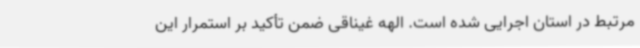
مرتبط در استان اجرایی شده است. الهه غیناقی ضمن تأکید بر استمرار این